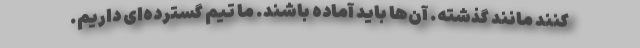
کنند مانند گذشته. آن‌ها باید آماده باشند. ما تیم گسترده‌ای داریم.